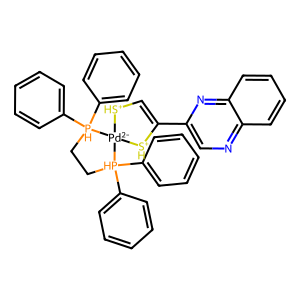
SMILES: C1=C(c2cnc3ccccc3n2)[SH+][Pd-2]2([SH+]1)[PH](c1ccccc1)(c1ccccc1)CC[PH]2(c1ccccc1)c1ccccc1
Inhibits HIV replication: No